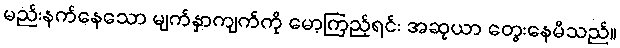
မည်းနက်နေသော မျက်နှာကျက်ကို မော့ကြည့်ရင်း အဆုယာ တွေးနေမိသည်။